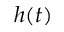
h ( t )